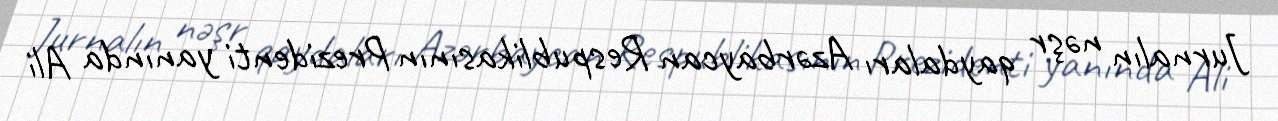
Jurnalın nəşr qaydaları Azərbaycan Respublikasının Prezidenti yanında Ali